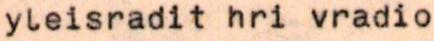
yleisradit hri vradio